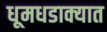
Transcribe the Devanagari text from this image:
धूमधडाक्यात